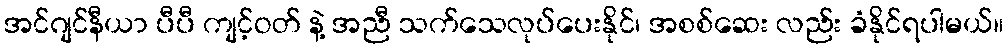
အင်ဂျင်နီယာ ပီပီ ကျင့်ဝတ် နဲ့ အညီ သက်သေလုပ်ပေးနိုင်၊ အစစ်ဆေး လည်း ခံနိုင်ရပါမယ်။